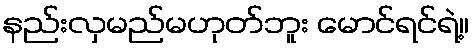
နည်းလှမည်မဟုတ်ဘူး မောင်ရင်ရဲ့။